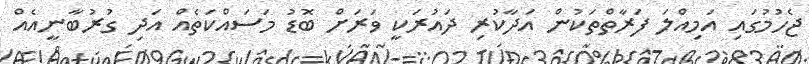
ޖެހުމުގައި އަމިއްލަ ފަރާތްތަކުން އަދާކުރި ދައުރަކީ ވަރަށް ބޮޑު މަސައްކަތެއް އަދި ގުރުބާނީއެއް